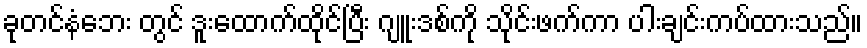
ခုတင်နံဘေး တွင် ဒူးထောက်ထိုင်ပြီး ဂျူးဒစ်ကို သိုင်းဖက်ကာ ပါးချင်းကပ်ထားသည်။